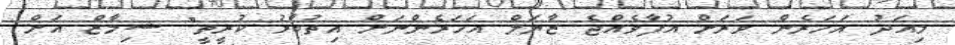
މިއަދު އަހަރެން ވަރަށް އުފާވެއްޖެ ޒާޔަލް އަހަރެންނަށް އިތުބާރު ކުރީތީ" ޝިމާޒް އަށް